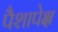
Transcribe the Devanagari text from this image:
पैशापेक्ष